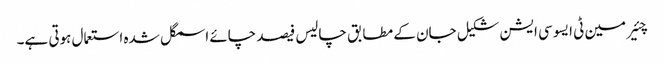
چئیر مین ٹی ایسوسی ایشن شکیل جان کے مطابق چالیس فیصد چائے اسمگل شدہ استعمال ہوتی ہے۔